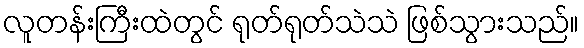
လူတန်းကြီးထဲတွင် ရုတ်ရုတ်သဲသဲ ဖြစ်သွားသည်။